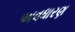
અવધારણ